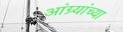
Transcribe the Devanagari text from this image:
आंग्र्यांच्या